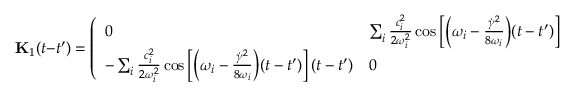
\mathbf { { K } } _ { 1 } ( t - t ^ { \prime } ) = \left( \begin{array} { l l } { 0 } & { \sum _ { i } \frac { c _ { i } ^ { 2 } } { 2 \omega _ { i } ^ { 2 } } \cos \left[ \Bigl ( \omega _ { i } - \frac { \dot { \gamma } ^ { 2 } } { 8 \omega _ { i } } \Bigr ) ( t - t ^ { \prime } ) \right] ( t - t ^ { \prime } ) } \\ { - \sum _ { i } \frac { c _ { i } ^ { 2 } } { 2 \omega _ { i } ^ { 2 } } \cos \left[ \Bigl ( \omega _ { i } - \frac { \dot { \gamma } ^ { 2 } } { 8 \omega _ { i } } \Bigr ) ( t - t ^ { \prime } ) \right] ( t - t ^ { \prime } ) } & { 0 } \end{array} \right)